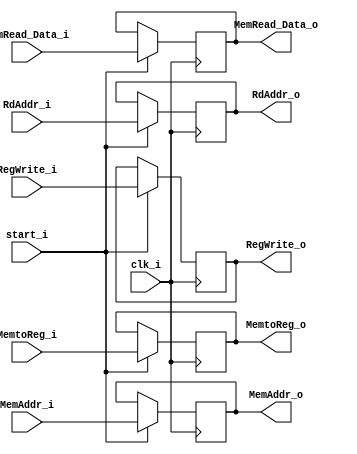
module Register_MEMWB (
	clk_i, 
	start_i,

	MemAddr_i,
	MemRead_Data_i,
	RdAddr_i,

	MemAddr_o,
	MemRead_Data_o,
	RdAddr_o,

	RegWrite_i,
	MemtoReg_i,

	RegWrite_o,
	MemtoReg_o
);

input clk_i,start_i;
input 	[31:0] 		MemAddr_i,MemRead_Data_i;
input 	[4:0]		RdAddr_i;
input RegWrite_i, MemtoReg_i;

output 	[31:0] 		MemAddr_o,MemRead_Data_o;
output 	[4:0]		RdAddr_o;
output RegWrite_o, MemtoReg_o;

reg 	[31:0] 		MemAddr_o,MemRead_Data_o;
reg 	[4:0]		RdAddr_o;
reg RegWrite_o, MemtoReg_o;

always @(posedge clk_i) begin
	if(start_i)	begin
		MemAddr_o			<= MemAddr_i;		
		MemRead_Data_o		<= MemRead_Data_i;		
		RdAddr_o			<= RdAddr_i;		
		
		RegWrite_o          <= RegWrite_i; 
        MemtoReg_o          <= MemtoReg_i;

	end
	else begin
		MemAddr_o			<= MemAddr_o;		
		MemRead_Data_o		<= MemRead_Data_o;		
		RdAddr_o			<= RdAddr_o;		
		
		RegWrite_o          <= RegWrite_o; 
        MemtoReg_o          <= MemtoReg_o;

	end
end

endmodule